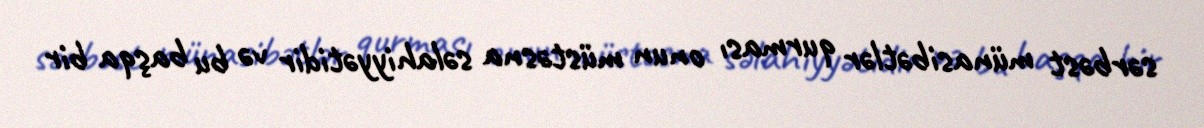
sərbəst münasibətlər qurması onun müstəsna səlahiyyətidir və bu başqa bir